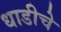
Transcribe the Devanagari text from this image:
धाडीचे